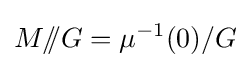
M/\!\!/G=\mu ^{-1}(0)/G